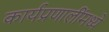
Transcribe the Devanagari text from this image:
कार्यप्रणालींमध्ये